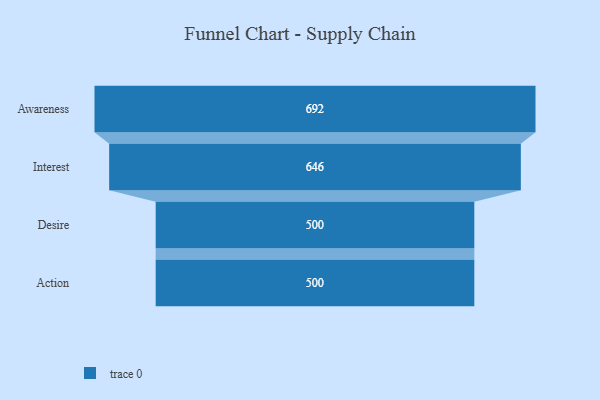
{"axis": {"x": "Stage", "y": "Value"}, "legend": [""], "data": [{"x": "Awareness", "y": 692.0, "type": ""}, {"x": "Interest", "y": 646.0, "type": ""}, {"x": "Desire", "y": 500, "type": ""}, {"x": "Action", "y": 500, "type": ""}]}